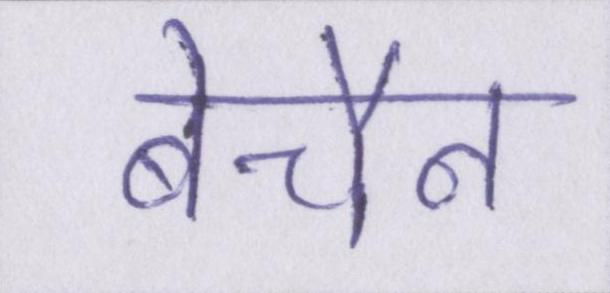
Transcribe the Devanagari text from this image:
बेचैन